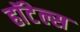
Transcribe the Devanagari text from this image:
हाॅटेल्स